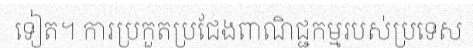
ទៀត។ ការប្រកួតប្រជែងពាណិជ្ជកម្មរបស់ប្រទេស